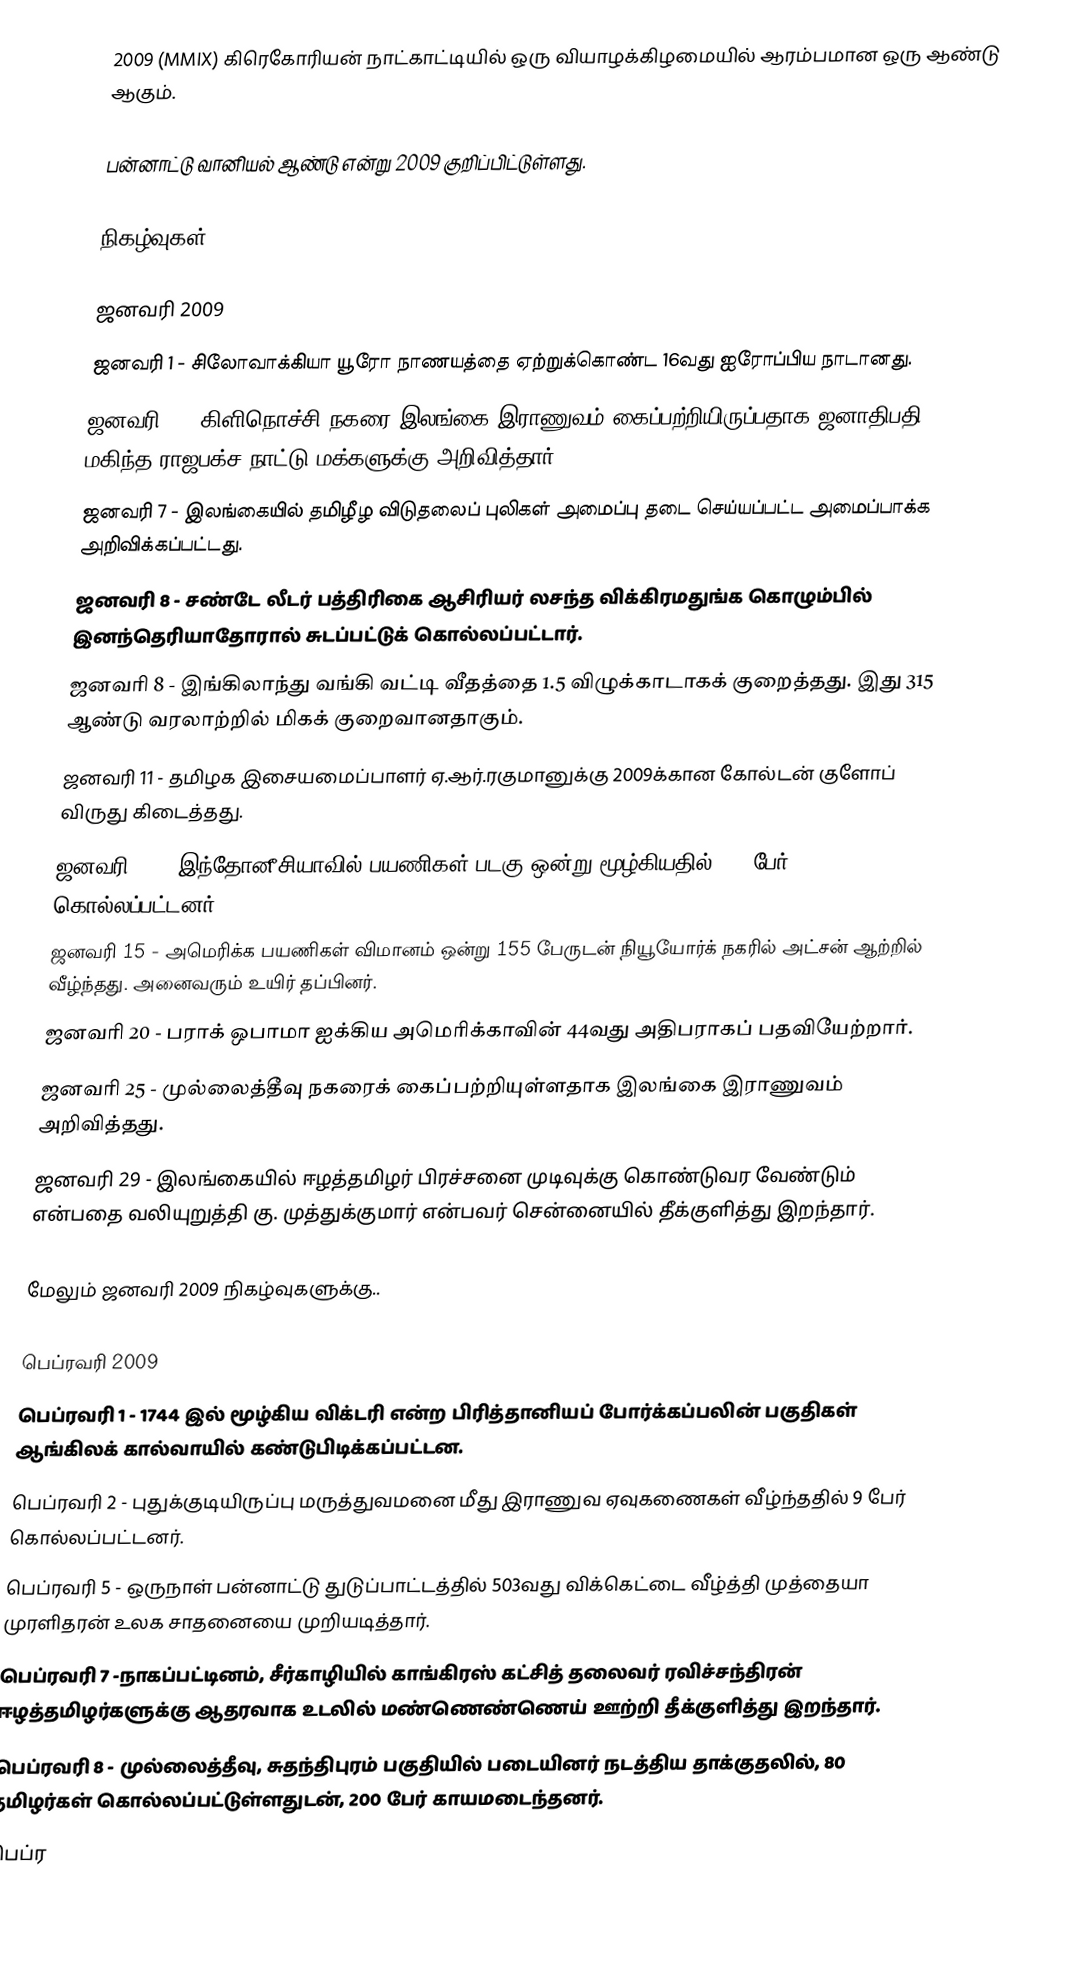
2009 (MMIX) கிரெகோரியன் நாட்காட்டியில் ஒரு வியாழக்கிழமையில் ஆரம்பமான ஒரு ஆண்டு ஆகும்.

பன்னாட்டு வானியல் ஆண்டு என்று 2009 குறிப்பிட்டுள்ளது.

நிகழ்வுகள்

ஜனவரி 2009
 ஜனவரி 1 - சிலோவாக்கியா யூரோ நாணயத்தை ஏற்றுக்கொண்ட 16வது ஐரோப்பிய நாடானது.
 ஜனவரி 2 - கிளிநொச்சி நகரை இலங்கை இராணுவம் கைப்பற்றியிருப்பதாக ஜனாதிபதி மகிந்த ராஜபக்ச நாட்டு மக்களுக்கு அறிவித்தார்.
 ஜனவரி 7 - இலங்கையில் தமிழீழ விடுதலைப் புலிகள் அமைப்பு தடை செய்யப்பட்ட அமைப்பாக்க அறிவிக்கப்பட்டது.
 ஜனவரி 8 - சண்டே லீடர் பத்திரிகை ஆசிரியர் லசந்த விக்கிரமதுங்க கொழும்பில் இனந்தெரியாதோரால் சுடப்பட்டுக் கொல்லப்பட்டார்.
 ஜனவரி 8 - இங்கிலாந்து வங்கி வட்டி வீதத்தை 1.5 விழுக்காடாகக் குறைத்தது. இது 315 ஆண்டு வரலாற்றில் மிகக் குறைவானதாகும்.
 ஜனவரி 11 - தமிழக இசையமைப்பாளர் ஏ.ஆர்.ரகுமானுக்கு 2009க்கான கோல்டன் குளோப் விருது கிடைத்தது.
 ஜனவரி 12 - இந்தோனீசியாவில் பயணிகள் படகு ஒன்று மூழ்கியதில் 230 பேர் கொல்லப்பட்டனர்.
 ஜனவரி 15 - அமெரிக்க பயணிகள் விமானம் ஒன்று 155 பேருடன் நியூயோர்க் நகரில் அட்சன் ஆற்றில் வீழ்ந்தது. அனைவரும் உயிர் தப்பினர்.
 ஜனவரி 20 - பராக் ஒபாமா ஐக்கிய அமெரிக்காவின் 44வது அதிபராகப் பதவியேற்றார்.
 ஜனவரி 25 - முல்லைத்தீவு நகரைக் கைப்பற்றியுள்ளதாக இலங்கை இராணுவம் அறிவித்தது.
 ஜனவரி 29 - இலங்கையில் ஈழத்தமிழர் பிரச்சனை முடிவுக்கு கொண்டுவர வேண்டும் என்பதை வலியுறுத்தி கு. முத்துக்குமார் என்பவர் சென்னையில் தீக்குளித்து இறந்தார்.

மேலும் ஜனவரி 2009 நிகழ்வுகளுக்கு..

பெப்ரவரி 2009
 பெப்ரவரி 1 - 1744 இல் மூழ்கிய விக்டரி என்ற பிரித்தானியப் போர்க்கப்பலின் பகுதிகள் ஆங்கிலக் கால்வாயில் கண்டுபிடிக்கப்பட்டன.
 பெப்ரவரி 2 - புதுக்குடியிருப்பு மருத்துவமனை மீது இராணுவ ஏவுகணைகள் வீழ்ந்ததில் 9 பேர் கொல்லப்பட்டனர்.
 பெப்ரவரி 5 - ஒருநாள் பன்னாட்டு துடுப்பாட்டத்தில் 503வது விக்கெட்டை வீழ்த்தி முத்தையா முரளிதரன் உலக சாதனையை முறியடித்தார்.
 பெப்ரவரி 7 -நாகப்பட்டினம், சீர்காழியில் காங்கிரஸ் கட்சித் தலைவர் ரவிச்சந்திரன் ஈழத்தமிழர்களுக்கு ஆதரவாக உடலில் மண்ணெண்ணெய் ஊற்றி தீக்குளித்து இறந்தார்.
 பெப்ரவரி 8 - முல்லைத்தீவு, சுதந்திபுரம் பகுதியில் படையினர் நடத்திய தாக்குதலில், 80 தமிழர்கள் கொல்லப்பட்டுள்ளதுடன், 200 பேர் காயமடைந்தனர்.
 பெப்ர